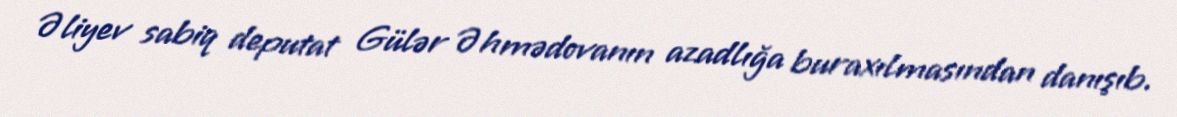
Əliyev sabiq deputat Gülər Əhmədovanın azadlığa buraxılmasından danışıb.